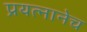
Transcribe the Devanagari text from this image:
प्रयत्नानेच